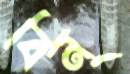
বিন্